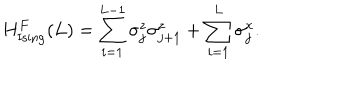
LaTeX: H _ { \mathrm { I s i n g } } ^ { F } ( L ) = \sum _ { i = 1 } ^ { L - 1 } { \sigma _ { j } ^ { z } } { \sigma _ { j + 1 } ^ { z } } + \sum _ { i = 1 } ^ { L } { \sigma _ { j } ^ { x } } .